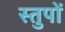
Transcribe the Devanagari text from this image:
स्तुपों